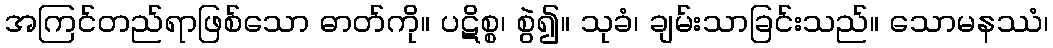
အကြင်တည်ရာဖြစ်သော ဓာတ်ကို။ ပဋိစ္စ၊ စွဲ၍။ သုခံ၊ ချမ်းသာခြင်းသည်။ သောမနဿံ၊